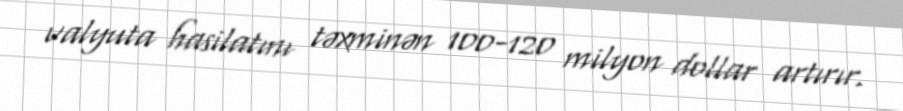
valyuta hasilatını təxminən 100-120 milyon dollar artırır.